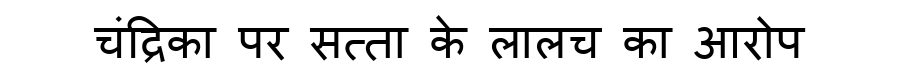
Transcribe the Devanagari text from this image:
चंद्रिका पर सत्ता के लालच का आरोप